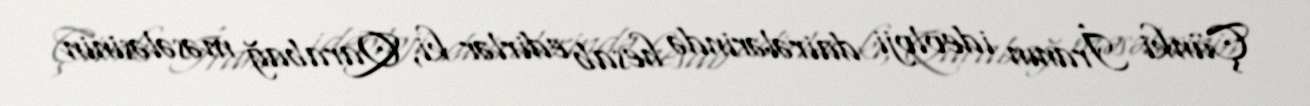
Çünki İranın ideoloji dairələrində hesab edirlər ki, Qarabağ məsələsinin